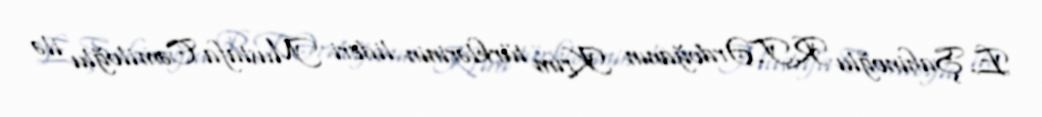
E.Şahinoğlu R.T.Ərdoğanın Krım türklərinin lideri Mustafa Cəmiloğlu ilə